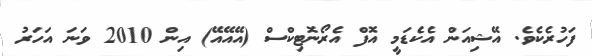
ފަހުރެކެވެ. އޭޝިއަން އެކެޑަމީ އޮފް އެރޯނޮޓިކްސް (އޭއޭއޭ) އިން 2010 ވަނަ އަހަރު